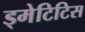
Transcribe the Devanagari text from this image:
ड्मेटिटिस